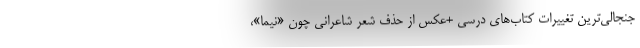
جنجالی‌ترین تغییرات کتاب‌های درسی +عکس از حذف شعر شاعرانی چون «نیما»،